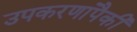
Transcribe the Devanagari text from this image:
उपकरणांपैकी